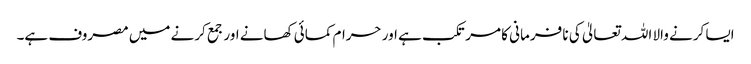
ایسا کرنے والا اللہ تعالیٰ کی نا فرمانی کا مرتکب ہے اور حرام کمائی کھانے اور جمع کرنے میں مصروف ہے۔